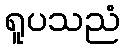
ရူပသညံ